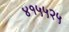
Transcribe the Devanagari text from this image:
४१५५२५